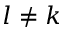
l \neq k